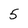
Character: 5